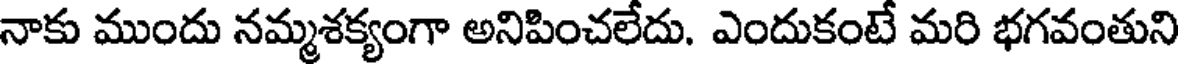
నాకు ముందు నమ్మశక్యంగా అనిపించలేదు. ఎందుకంటే మరి భగవంతుని